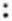
: